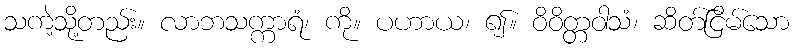
သကဲ့သို့တည်း။ လာဘသက္ကာရံ၊ ကို။ ပဟာယ၊ ၍။ ဝိဝိတ္တဝါသံ၊ ဆိတ်ငြိမ်သော